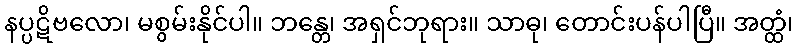
နပ္ပဋိဗလော၊ မစွမ်းနိုင်ပါ။ ဘန္တေ၊ အရှင်ဘုရား။ သာဓု၊ တောင်းပန်ပါပြီ။ အတ္ထံ၊